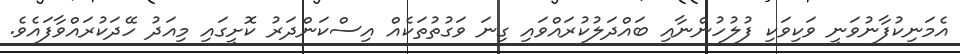
އެމަނިކުފާނުވަނީ ވަކިވަކި ފުލުހުންނާއި ބައްދަލުކުރައްވައި ގިނަ ވަގުތުތަކެއް އިސްކަންދަރު ކޮށީގައި މިއަދު ހޭދަކުރައްވާފައެވެ.